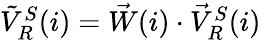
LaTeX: \begin{array}{r}{\tilde{V}_{R}^{S}(i)=\vec{W}(i)\cdot\vec{V}_{R}^{S}(i)}\end{array}